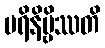
ပရိနိဗ္ဗိဿတိ